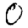
Digit: 0